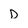
Character: D